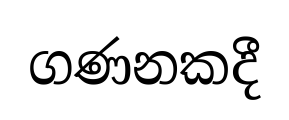
ගණනකදී